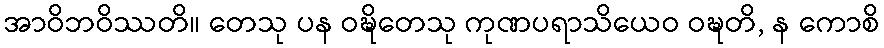
အာဝိဘဝိဿတိ။ တေသု ပန ဝဍ္ဎိတေသု ကုဏပရာသိယေဝ ဝဍ္ဎတိ, န ကောစိ